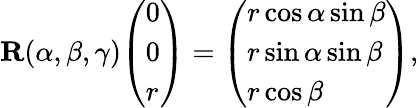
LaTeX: \mathbf{R}(\alpha,\beta,\gamma){\left(\begin{array}{l}{0}\\ {0}\\ {r}\end{array}\right)}={\left(\begin{array}{l}{r\cos\alpha\sin\beta}\\ {r\sin\alpha\sin\beta}\\ {r\cos\beta}\end{array}\right)},